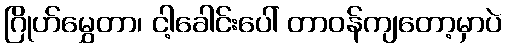
ဂြိုဟ်မွှေတာ၊ ငါ့ခေါင်းပေါ် တာဝန်ကျတော့မှာပဲ